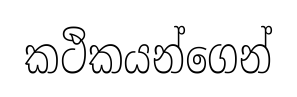
කථිකයන්ගෙන්